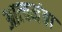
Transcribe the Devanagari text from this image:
आत्चमंबा